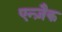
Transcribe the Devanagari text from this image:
एन्ज़ैक